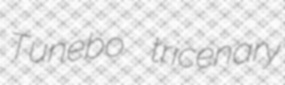
Tunebo tricenary